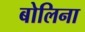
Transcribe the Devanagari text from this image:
बोलिना